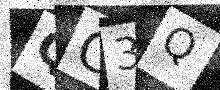
Text: QC3Q